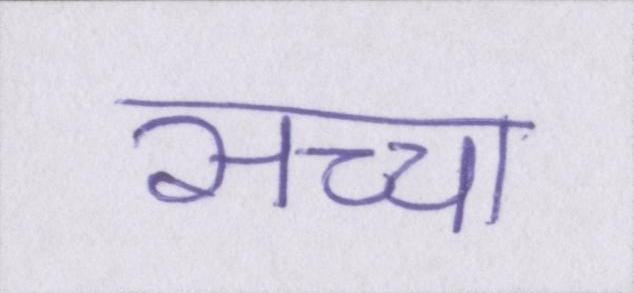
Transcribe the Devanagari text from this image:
सच्चा